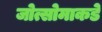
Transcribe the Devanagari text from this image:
जोत्सोमाकडे